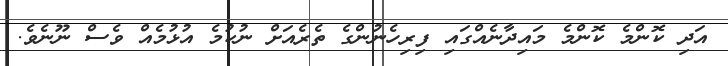
އަދި ކޮންމެ ކޮންމެ މައިދާނެއްގައި ފިރިހެނުންގެ ތެރެއަށް ނުކުމެ އުޅުމެއް ވެސް ނޫނެވެ.